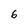
Character: 6